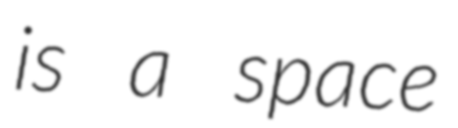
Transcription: is a space